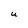
Character: U